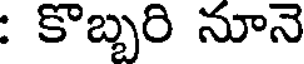
: కొబ్బరి నూనె